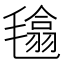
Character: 𣯾